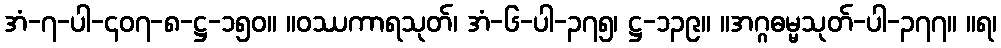
အံ-၇-ပါ-၄၀၇-၈-ဋ္ဌ-၁၅၀။ ။ဝဿကာရသုတ်၊ အံ-၆-ပါ-၃၇၅၊ ဋ္ဌ-၁၃၉။ ။အဂ္ဂဓမ္မသုတ်-ပါ-၃၇၇။ ။ရ၊